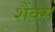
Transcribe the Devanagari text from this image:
शैंक्स